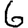
Digit: 6